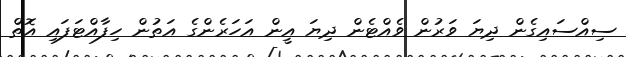
ސިއްސައިގެން ދިޔަ ވަރުން ވެއްޓެން ދިޔަ އީން އަހަރެންގެ އަތުން ހިފާއްޓަފައި އޮތް